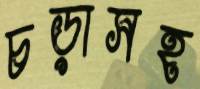
চড়াসহ